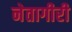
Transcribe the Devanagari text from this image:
नेतागीरी